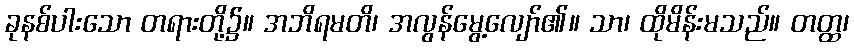
ခုနစ်ပါးသော တရားတို့၌။ အဘိရမတိ၊ အလွန်မွေ့လျော်၏။ သာ၊ ထိုမိန်းမသည်။ တတ္ထ၊